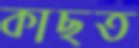
কাছত